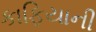
કાફિયાની